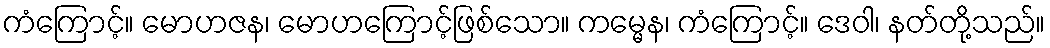
ကံကြောင့်။ မောဟဇန၊ မောဟကြောင့်ဖြစ်သော။ ကမ္မေန၊ ကံကြောင့်။ ဒေဝါ၊ နတ်တို့သည်။